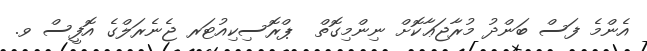
އެންމެ ފަސް ބަންދު މުރާޖަޢާކޮށް ނިންމިގޮތް  ޕްރޮސިކިއުޓަރ ޖެނެރަލްގެ އޮފީސް ވ.